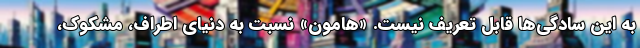
به این سادگی‌ها قابل تعریف نیست. «هامون» نسبت به دنیای اطراف، مشکوک،